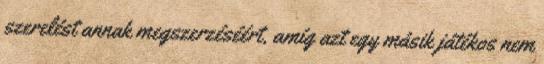
szerelést annak megszerzéséért, amíg azt egy másik játékos nem